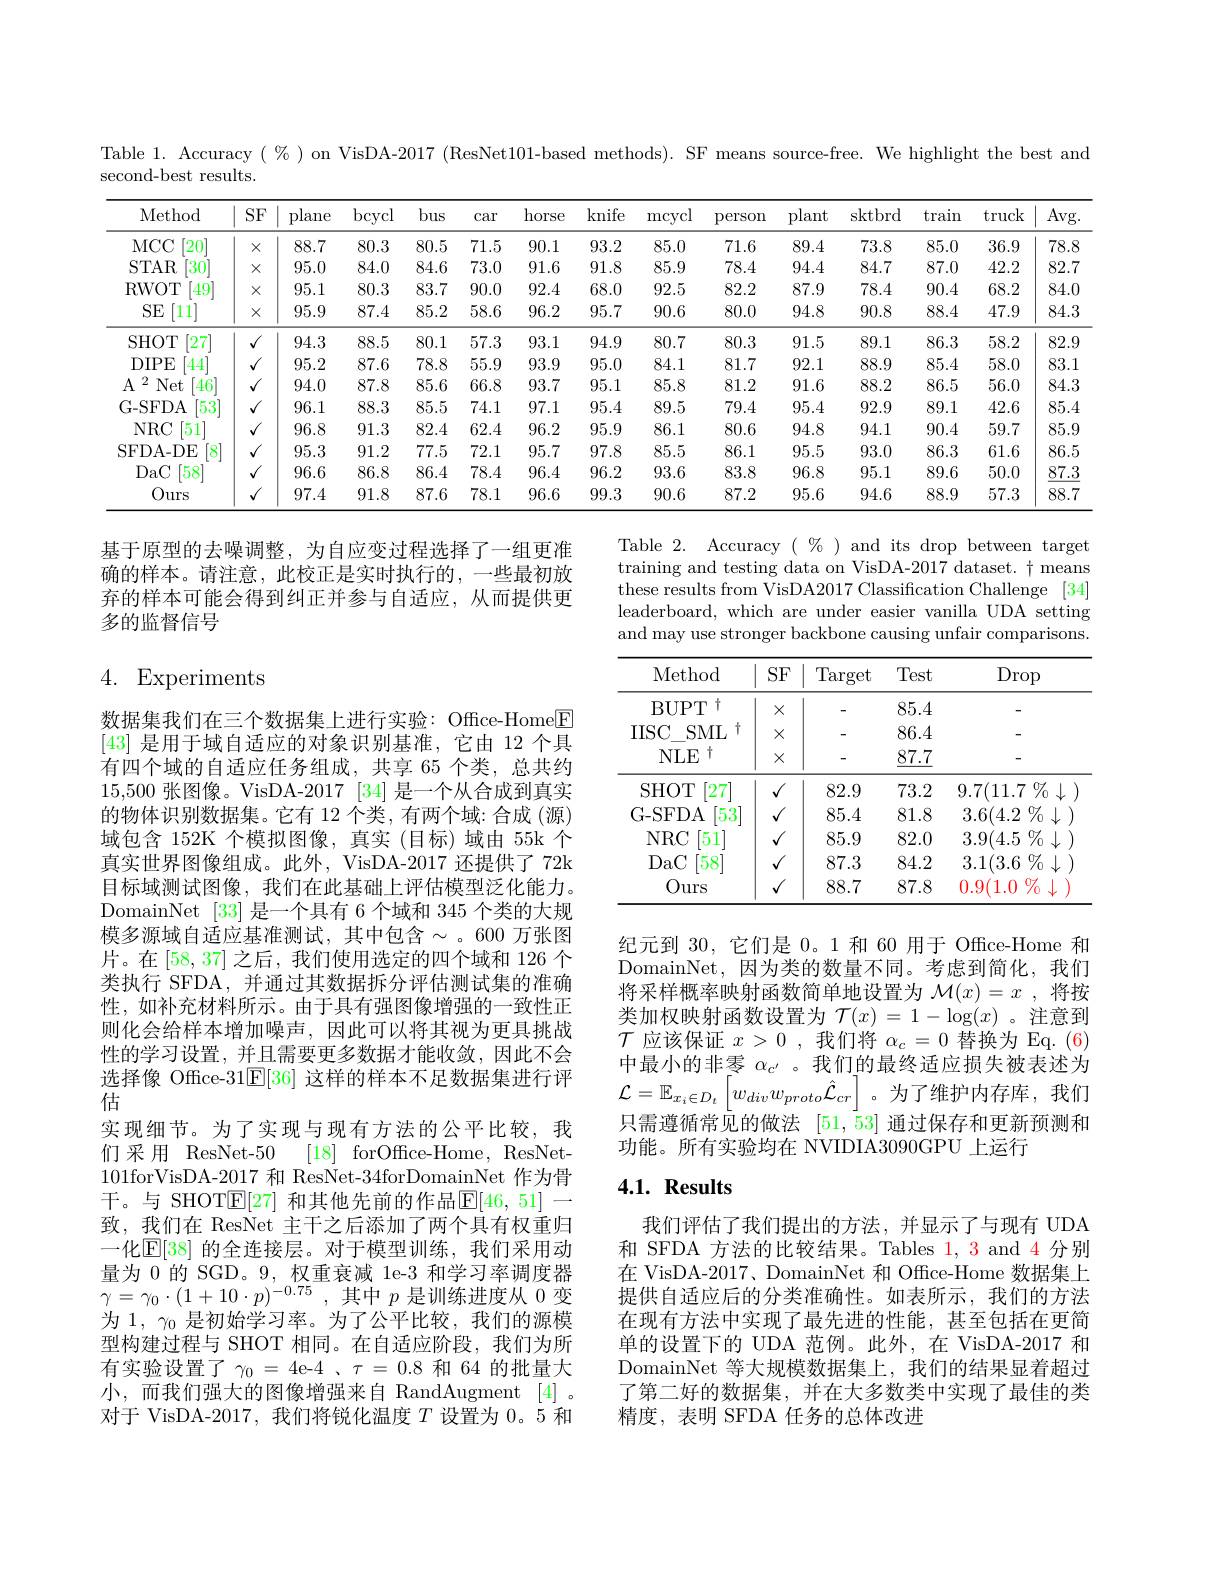
Table 1. Accuracy $(\%)$ on VisDA-2017 (ResNet101-based methods). SF means source-free. We highlight the best and

<table>
	<tbody>
		<tr>
			<th>Method</th>
			<th>SF</th>
			<th>plane</th>
			<th>bcycl</th>
			<th>bus</th>
			<th>Car</th>
			<th>horse</th>
			<th>knife</th>
			<th>$\max$cycl</th>
			<th>person</th>
			<th>plant</th>
			<th>sktbrd</th>
			<th>train</th>
			<th>truck</th>
			<th>Avg</th>
		</tr>
		<tr>
			<td>MCC [20]</td>
			<td>$X$</td>
			<td>88.7</td>
			<td>80.3</td>
			<td>80.5</td>
			<td>71.5</td>
			<td>90.1</td>
			<td>93.2</td>
			<td>85.0</td>
			<td>71.6</td>
			<td>89.4</td>
			<td>73.8</td>
			<td>85.0</td>
			<td>36.9</td>
			<td>78.8</td>
		</tr>
		<tr>
			<td>$STAR$ $30^{\cdot}$</td>
			<td>$X$</td>
			<td>95.0</td>
			<td>84.0</td>
			<td>84.6</td>
			<td>73.0</td>
			<td>91.6</td>
			<td>91.8</td>
			<td>85.9</td>
			<td>78.4</td>
			<td>94.4</td>
			<td>84.7</td>
			<td>87.0</td>
			<td>42.2</td>
			<td>82.7</td>
		</tr>
		<tr>
			<td>RWOT $49^{\cdot}$</td>
			<td>$X$</td>
			<td>95.1</td>
			<td>80.3</td>
			<td>83.7</td>
			<td>90.0</td>
			<td>92.4</td>
			<td>68.0</td>
			<td>92.5</td>
			<td>82.2</td>
			<td>87.9</td>
			<td>78.4</td>
			<td>90.4</td>
			<td>68.2</td>
			<td>84.0</td>
		</tr>
		<tr>
			<td>SE [11]</td>
			<td>$X$</td>
			<td>95.9</td>
			<td>87.4</td>
			<td>85.2</td>
			<td>58.6</td>
			<td>96.2</td>
			<td>95.7</td>
			<td>90.6</td>
			<td>80.0</td>
			<td>94.8</td>
			<td>90.8</td>
			<td>88.4</td>
			<td>47.9</td>
			<td>84.3</td>
		</tr>
		<tr>
			<td>SHOT [27]</td>
			<td>1 T 1</td>
			<td>94.3</td>
			<td>88.5</td>
			<td>80.1</td>
			<td>57.3</td>
			<td>93.1</td>
			<td>94.9</td>
			<td>80.7</td>
			<td>80.3</td>
			<td>91.5</td>
			<td>89.1</td>
			<td>86.3</td>
			<td>58.2</td>
			<td>82.9</td>
		</tr>
		<tr>
			<td>$DIPE$ 444</td>
			<td>1</td>
			<td>95.2</td>
			<td>87.6</td>
			<td>78.8</td>
			<td>55.9</td>
			<td>93.9</td>
			<td>95.0</td>
			<td>84.1</td>
			<td>81.7</td>
			<td>92.1</td>
			<td>88.9</td>
			<td>85.4</td>
			<td>58.0</td>
			<td>83.1</td>
		</tr>
		<tr>
			<td>2 $A$ Net [46</td>
			<td>1 1 1</td>
			<td>94.0</td>
			<td>87.8</td>
			<td>85.6</td>
			<td>66.8</td>
			<td>93.7</td>
			<td>95.1</td>
			<td>85.8</td>
			<td>81.2</td>
			<td>91.6</td>
			<td>88.2</td>
			<td>86.5</td>
			<td>56.0</td>
			<td>84.3</td>
		</tr>
		<tr>
			<td>G- SFDA $53^{\cdot}$</td>
			<td>1</td>
			<td>96.1</td>
			<td>88.3</td>
			<td>85.5</td>
			<td>74.1</td>
			<td>97.1</td>
			<td>95.4</td>
			<td>89.5</td>
			<td>79.4</td>
			<td>95.4</td>
			<td>92.9</td>
			<td>89.1</td>
			<td>42.6</td>
			<td>85.4</td>
		</tr>
		<tr>
			<td>$NRC$ 51</td>
			<td>1</td>
			<td>96.8</td>
			<td>91.3</td>
			<td>82.4</td>
			<td>62.4</td>
			<td>96.2</td>
			<td>95.9</td>
			<td>86.1</td>
			<td>80.6</td>
			<td>94.8</td>
			<td>94.1</td>
			<td>90.4</td>
			<td>59.7</td>
			<td>85.9</td>
		</tr>
		<tr>
			<td>SFDA-DE $[8^{\cdot}$</td>
			<td>, 1 $V$</td>
			<td>95.3</td>
			<td>91.2</td>
			<td>77.5</td>
			<td>72.1</td>
			<td>95.7</td>
			<td>97.8</td>
			<td>85.5</td>
			<td>86.1</td>
			<td>95.5</td>
			<td>93.0</td>
			<td>86.3</td>
			<td>61.6</td>
			<td>86.5</td>
		</tr>
		<tr>
			<td>DaC $58^{\cdot}$</td>
			<td>1</td>
			<td>96.6</td>
			<td>86.8</td>
			<td>86.4</td>
			<td>78.4</td>
			<td>96.4</td>
			<td>96.2</td>
			<td>93.6</td>
			<td>83.8</td>
			<td>96.8</td>
			<td>95.1</td>
			<td>89.6</td>
			<td>50.0</td>
			<td>87.3</td>
		</tr>
		<tr>
			<td>Ours</td>
			<td>, 1 $V$</td>
			<td>97.4</td>
			<td>91.8</td>
			<td>87.6</td>
			<td>78.1</td>
			<td>96.6</td>
			<td>99.3</td>
			<td>90.6</td>
			<td>87.2</td>
			<td>95.6</td>
			<td>94.6</td>
			<td>88.9</td>
			<td>57.3</td>
			<td>88.7</td>
		</tr>
	</tbody>
</table>

基于原型的去噪调整，为自应变过程选择了一组更准确的样本。请注意，此校正是实时执行的，一些最初放弃的样本可能会得到纠正并参与自适应，从而提供更多的监督信号

Table 2. Accuracy $(\begin{array}{c}\%\end{array})$ and its drop between target training and testing data on VisDA-2017 dataset. $\dagger$ means these results from VisDA2017 Classification Challenge [34] leaderboard, which are under easier vanilla UDA setting and may use stronger backbone causing unfair comparisons.

4. Experiments

<table>
	<tbody>
		<tr>
			<th>Method</th>
			<th>$SF$</th>
			<th>Target</th>
			<th>Test</th>
			<th>$\operatorname{Drop}$</th>
		</tr>
		<tr>
			<td>BUPT 十</td>
			<td>$X$</td>
			<td> </td>
			<td>85.4</td>
			<td> </td>
		</tr>
		<tr>
			<td>IISC $SML$ 、十</td>
			<td>$X$</td>
			<td>-</td>
			<td>86.4</td>
			<td> </td>
		</tr>
		<tr>
			<td>$NLE$ 十</td>
			<td>$X$</td>
			<td> </td>
			<td>$\underline{87.7}$</td>
			<td> </td>
		</tr>
		<tr>
			<td>SHOT 27</td>
			<td>$\checkmark$</td>
			<td>82.9</td>
			<td>73.2</td>
			<td>$9.7(11.7\%$ 11</td>
		</tr>
		<tr>
			<td>G-SFDA 53</td>
			<td>$\checkmark$</td>
			<td>85.4</td>
			<td>81.8</td>
			<td>3.6(4.2 $\% \downarrow$</td>
		</tr>
		<tr>
			<td>$NRC$ 51</td>
			<td>$\checkmark$</td>
			<td>85.9</td>
			<td>82.0</td>
			<td>3.9(4.5 $\% \downarrow$</td>
		</tr>
		<tr>
			<td>DaC $58^{\cdot}$</td>
			<td>$\checkmark$</td>
			<td>87.3</td>
			<td>84.2</td>
			<td>3.1(3.6 $\%$ $\downarrow$</td>
		</tr>
		<tr>
			<td>Ours</td>
			<td>1</td>
			<td>88.7</td>
			<td>87.8</td>
			<td>0.9(1.0 $\%$</td>
		</tr>
	</tbody>
</table>

纪元到 30, 它们是 0。1 和 60 用于 Office-Home 和DomainNet,因为类的数量不同。考虑到简化，我们将采样概率映射函数简单地设置为$\mathcal{M}(x)=x$ ,将按类加权映射函数设置为$\mathcal{T}(x)=1-\log(x)$ 。注意到$\mathcal{T}$应该保证$x>0$ ,我们将$\alpha_c=0$替换为 Eq.(6) 中最小的非零$\alpha_{c^{\prime}}$ 。我们的最终适应损失被表述为$\mathcal{L}=\mathbb{E}_{x_i\in D_t}\left[w_{div}w_{proto}\hat{\mathcal{L}}_{cr}\right]$。为了维护内存库，我们只需遵循常见的做法[51,53]通过保存和更新预测和功能。所有实验均在 NVIDIA3090GPU 上运行

数据集我们在三个数据集上进行实验：Office-Home$\textcircled{\mathrm{F}}$ [43]是用于域自适应的对象识别基准，它由 12 个具有四个域的自适应任务组成，共享 65 个类，总共约15,500张图像。VisDA-2017 [34] 是一个从合成到真实的物体识别数据集。它有 12 个类，有两个域：合成 (源) 域包含 152K 个模拟图像，真实 (目标)域由 55k 个真实世界图像组成。此外，VisDA-2017 还提供了 72k 目标域测试图像，我们在此基础上评估模型泛化能力。DomainNet [33] 是一个具有 6 个域和 345 个类的大规模多源域自适应基准测试，其中包含$\sim$。600 万张图片。在[58,37] 之后，我们使用选定的四个域和 126 个类执行 SFDA, 并通过其数据拆分评估测试集的准确性，如补充材料所示。由于具有强图像增强的一致性正则化会给样本增加噪声，因此可以将其视为更具挑战性的学习设置，并且需要更多数据才能收敛，因此不会选择像 Office-31$\mathbb{E}[36]$这样的样本不足数据集进行评估
实现细节。为了实现与现有方法的公平比较，我们采用 ResNet-50 [18] forOffce-Home, ResNet 101forVisDA-2017 和 ResNet-34forDomainNet 作为骨干。与 SHOT$\mathbb{E}[27]$ 和其他先前的作品$\mathbb{E}[46,51]$一致，我们在 ResNet 主干之后添加了两个具有权重归一化$\mathbb{E}[38]$ 的全连接层。对于模型训练，我们采用动量为 0 的 SGD。9, 权重衰减 1e-3 和学习率调度器$\gamma=\gamma_{0}\cdot(1+10\cdot p)^{-0.75}$,其中$p$ 是训练进度从 0 变为 1, $\gamma_0$是初始学习率。为了公平比较，我们的源模型构建过程与 SHOT 相同。在自适应阶段，我们为所有实验设置了$\gamma_0=4$e-4 、$\tau=0.8$和 64 的批量大小，而我们强大的图像增强来自 RandAugment [4]。对于 VisDA-2017,我们将锐化温度$T$设置为0。5 和

## $4. 1. \textbf{ Results}$

我们评估了我们提出的方法，并显示了与现有 UDA 和 SFDA 方法的比较结果。Tables $\color{red}{1,3\mathrm{~and~4~分别}}$ 在 VisDA-2017、DomainNet 和 Office-Home 数据集上提供自适应后的分类准确性。如表所示，我们的方法在现有方法中实现了最先进的性能，甚至包括在更简单的设置下的 UDA 范例。此外，在 VisDA-2017 和DomainNet 等大规模数据集上，我们的结果显着超过了第二好的数据集，并在大多数类中实现了最佳的类精度，表明 SFDA 任务的总体改进